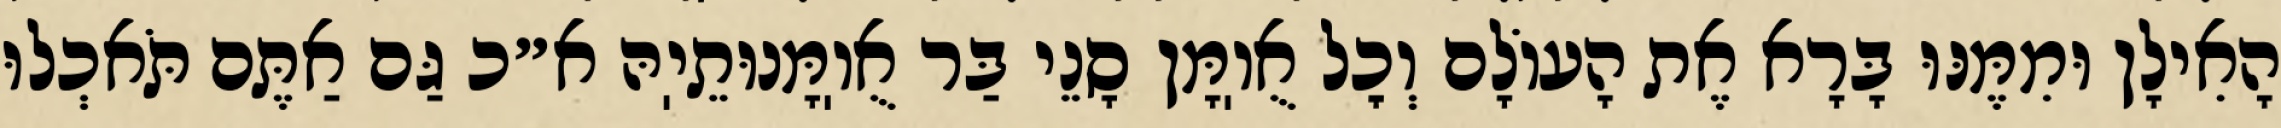
הָאִילָן וּמִמֶּנּוּ בָּרָא אֶת הָעוֹלָם וְכׇל אֻוֽמָּן סָנֵי בַּר אֻוֽמָּנוּתֵיֽהּ א״כ גַּם אַתֶּם תֹּאכְלוּ